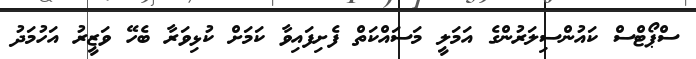
ސްޕޯޓްސް ކައުންސިލަރުންގެ އަމަލީ މަސައްކަތް ފެށިފައިވާ ކަމަށް ކުޅިވަރާ ބެހޭ ވަޒީރު އަހުމަދު